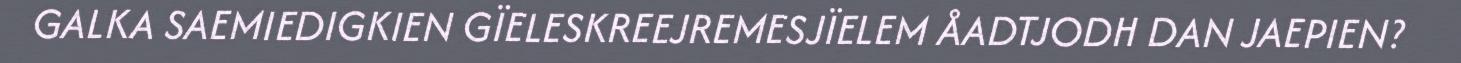
GALKA SAEMIEDIGKIEN GÏELESKREEJREMESJÏELEM ÅADTJODH DAN JAEPIEN?